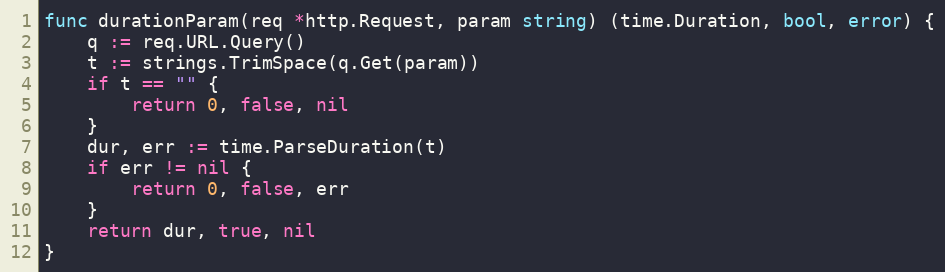
Language: Go
func durationParam(req *http.Request, param string) (time.Duration, bool, error) {
	q := req.URL.Query()
	t := strings.TrimSpace(q.Get(param))
	if t == "" {
		return 0, false, nil
	}
	dur, err := time.ParseDuration(t)
	if err != nil {
		return 0, false, err
	}
	return dur, true, nil
}